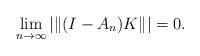
LaTeX: \begin{align*}\lim_{n \to \infty} |\|(I-A_n)K\|| = 0.\end{align*}